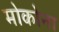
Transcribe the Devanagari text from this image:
मोकोना